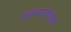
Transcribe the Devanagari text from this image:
अपघातांपासून